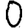
Digit: 0